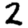
Digit: 2